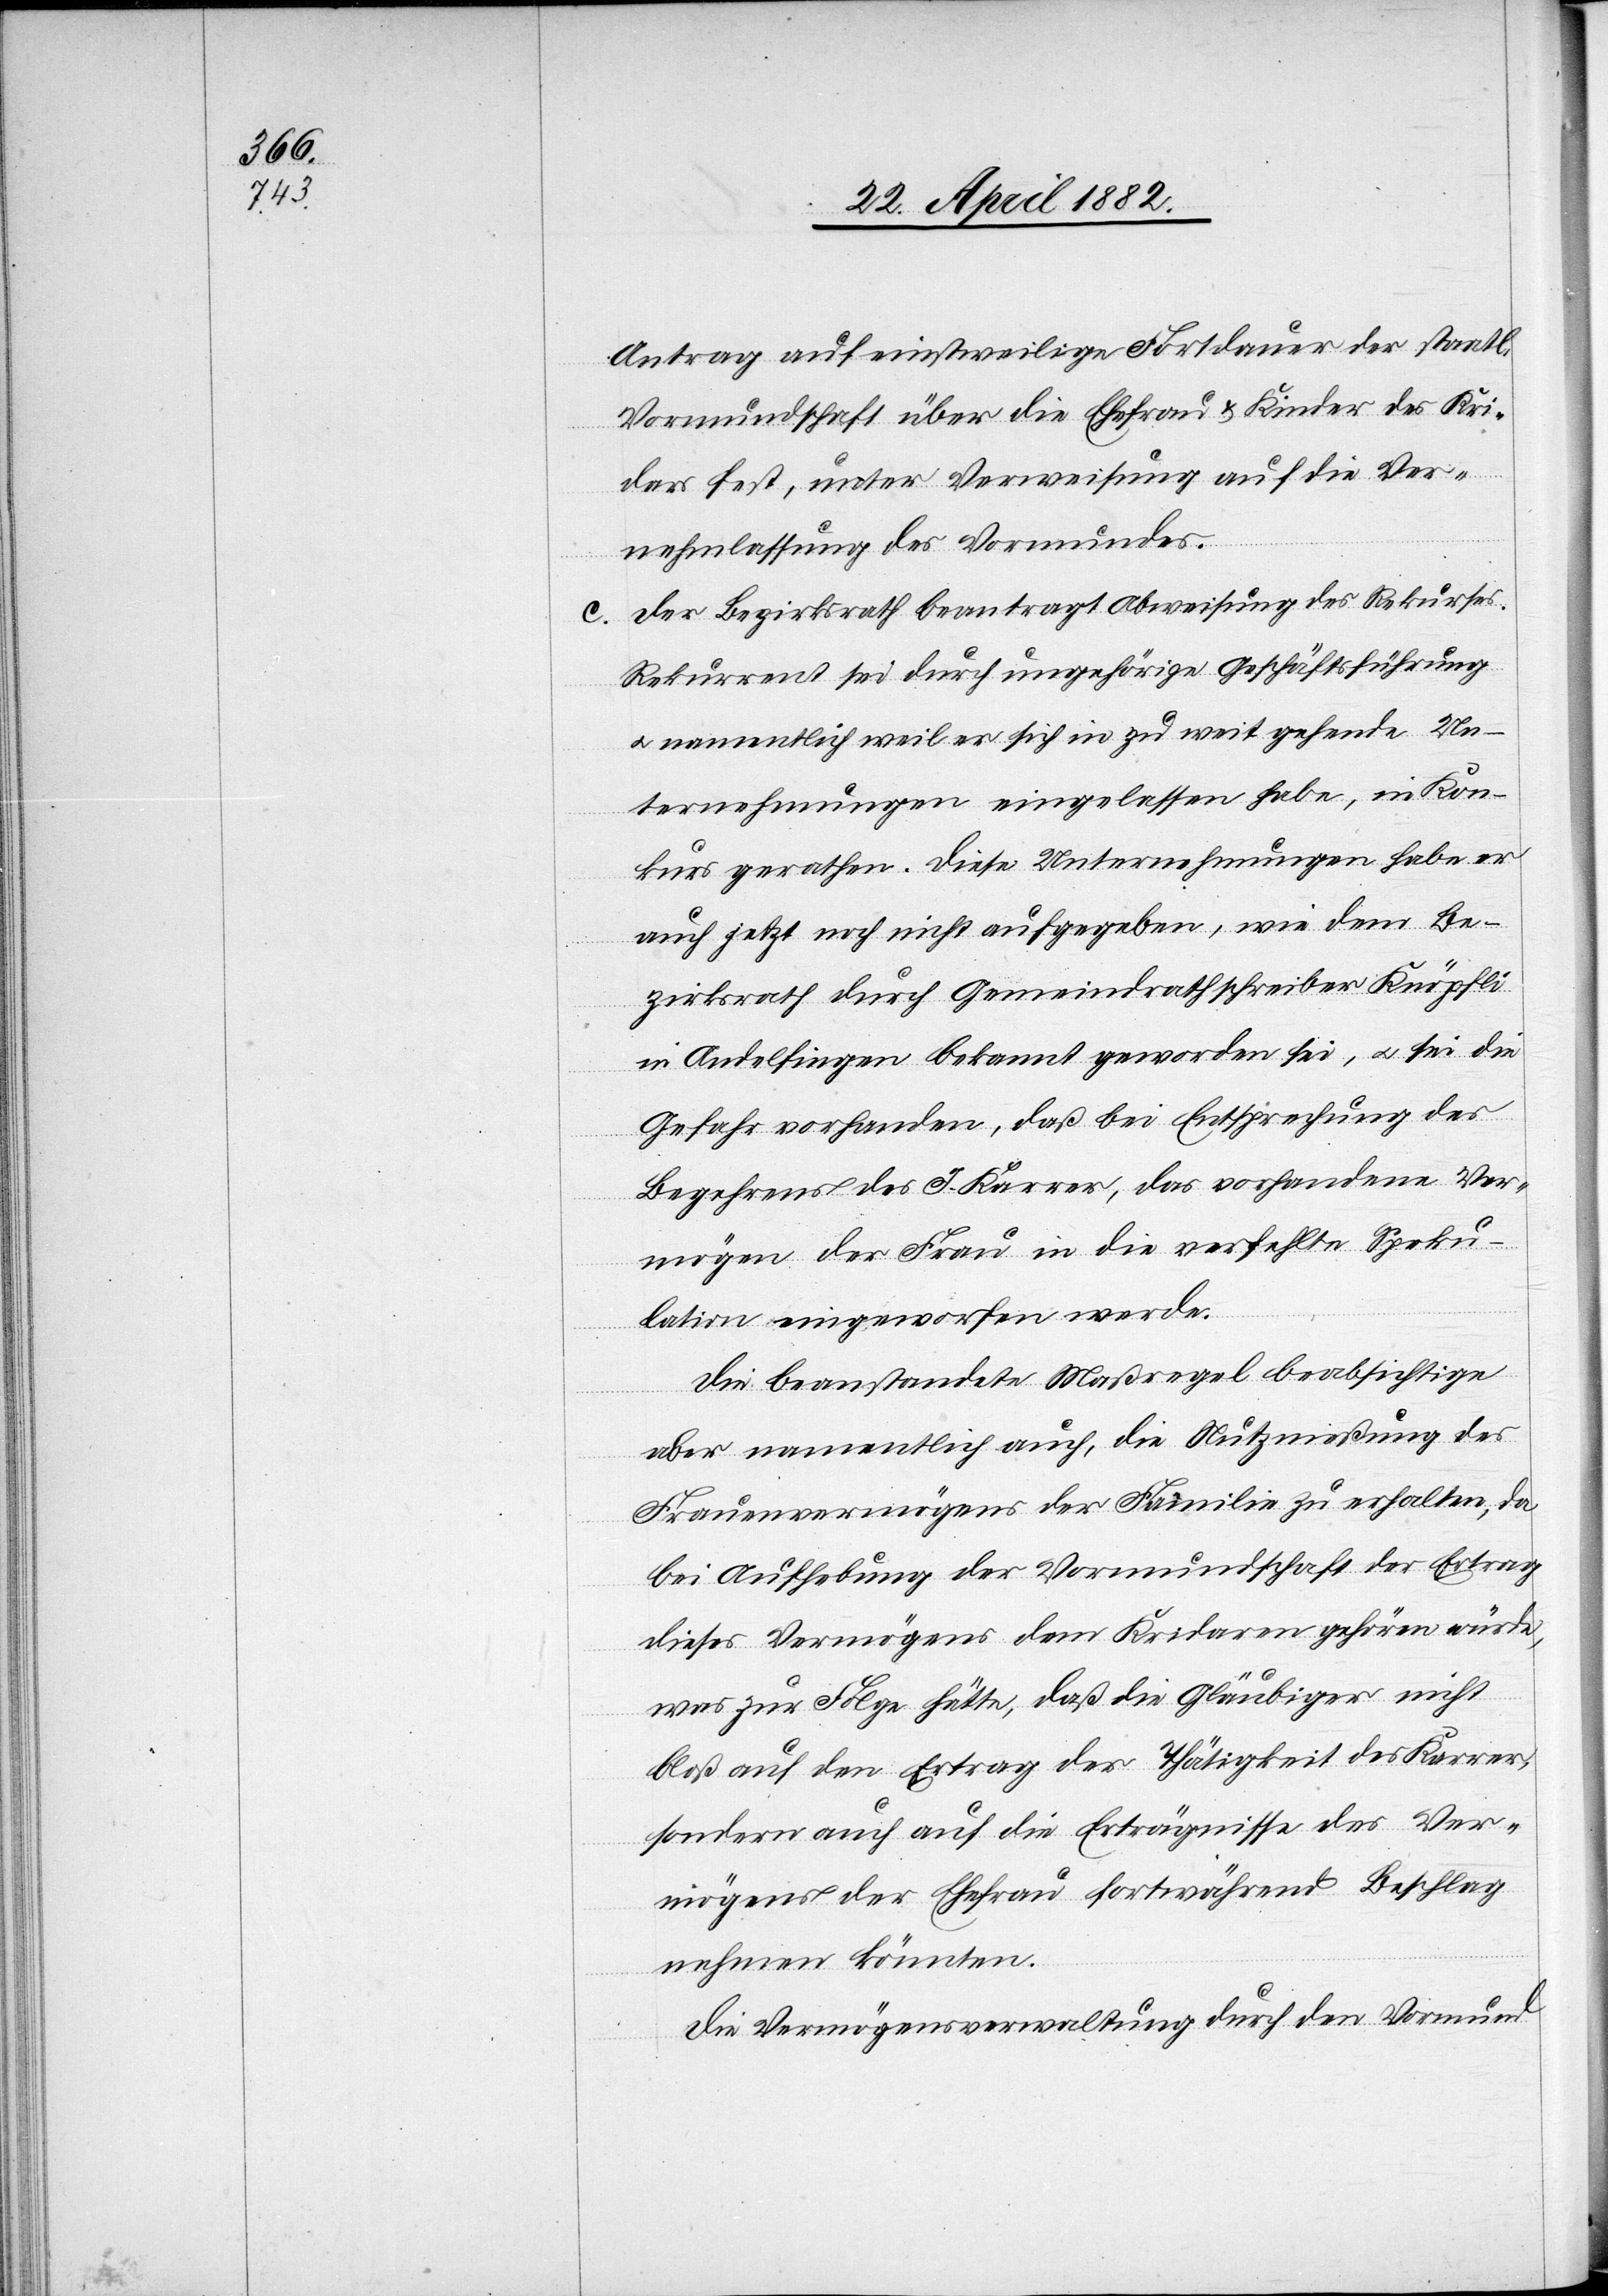
Antrag auf einstweilige Fortdauer der staatl.
Vormundschaft über die Ehefrau & Kinder des Kri¬
dars fest, unter Verweisung auf die Ver¬
nehmlassung des Vormundes.
Der Bezirksrath beantragt Abweisung des Rekurses.
Rekurrent sei durch ungehörige Geschäftsführung
u. namentlich weil er sich in zu weit gehende Un¬
ternehmungen eingelassen habe, in Kon¬
kurs gerathen. Diese Unternehmungen habe er
auch jetzt noch nicht aufgegeben, wie dem Be¬
zirksrath durch Gemeindrathschreiber Knöpfli
in Andelfingen bekannt geworden sei, u. sei die
Gefahr vorhanden, daß bei Entsprechung des
Begehrens des J. Karrer, das vorhandene Ver¬
mögen der Frau in die verfehlte Speku¬
lation eingeworfen werde.
Die beanstandete Maßregel beabsichtige
aber namentlich auch, die Nutzmaßung des
Frauenvermögens der Familie zu erhalten, da
bei Aufhebung der Vormundschaft der Ertrag
dieses Vermögens dem Kridaren gehören würde,
was zur Folge hätte, daß die Gläubiger nicht
bloß auf den Ertrag der Thätigkeit des Karrer,
sondern auch auf die Erträgnisse des Ver¬
mögens der Ehefrau fortwährend Beschlag
nehmen könnten.
Die Vermögensverwaltung durch den Vormund